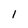
Character: 1